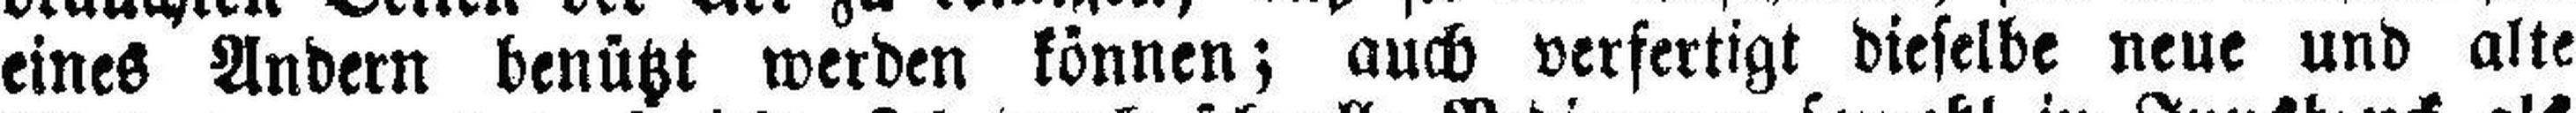
eines Andern benützt werden können; auch verfertigt dieselbe neue und alte